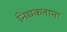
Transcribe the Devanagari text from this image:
निधकताना